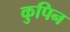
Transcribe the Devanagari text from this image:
कुपिन